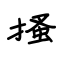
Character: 搔